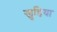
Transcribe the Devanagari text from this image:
खुडिया